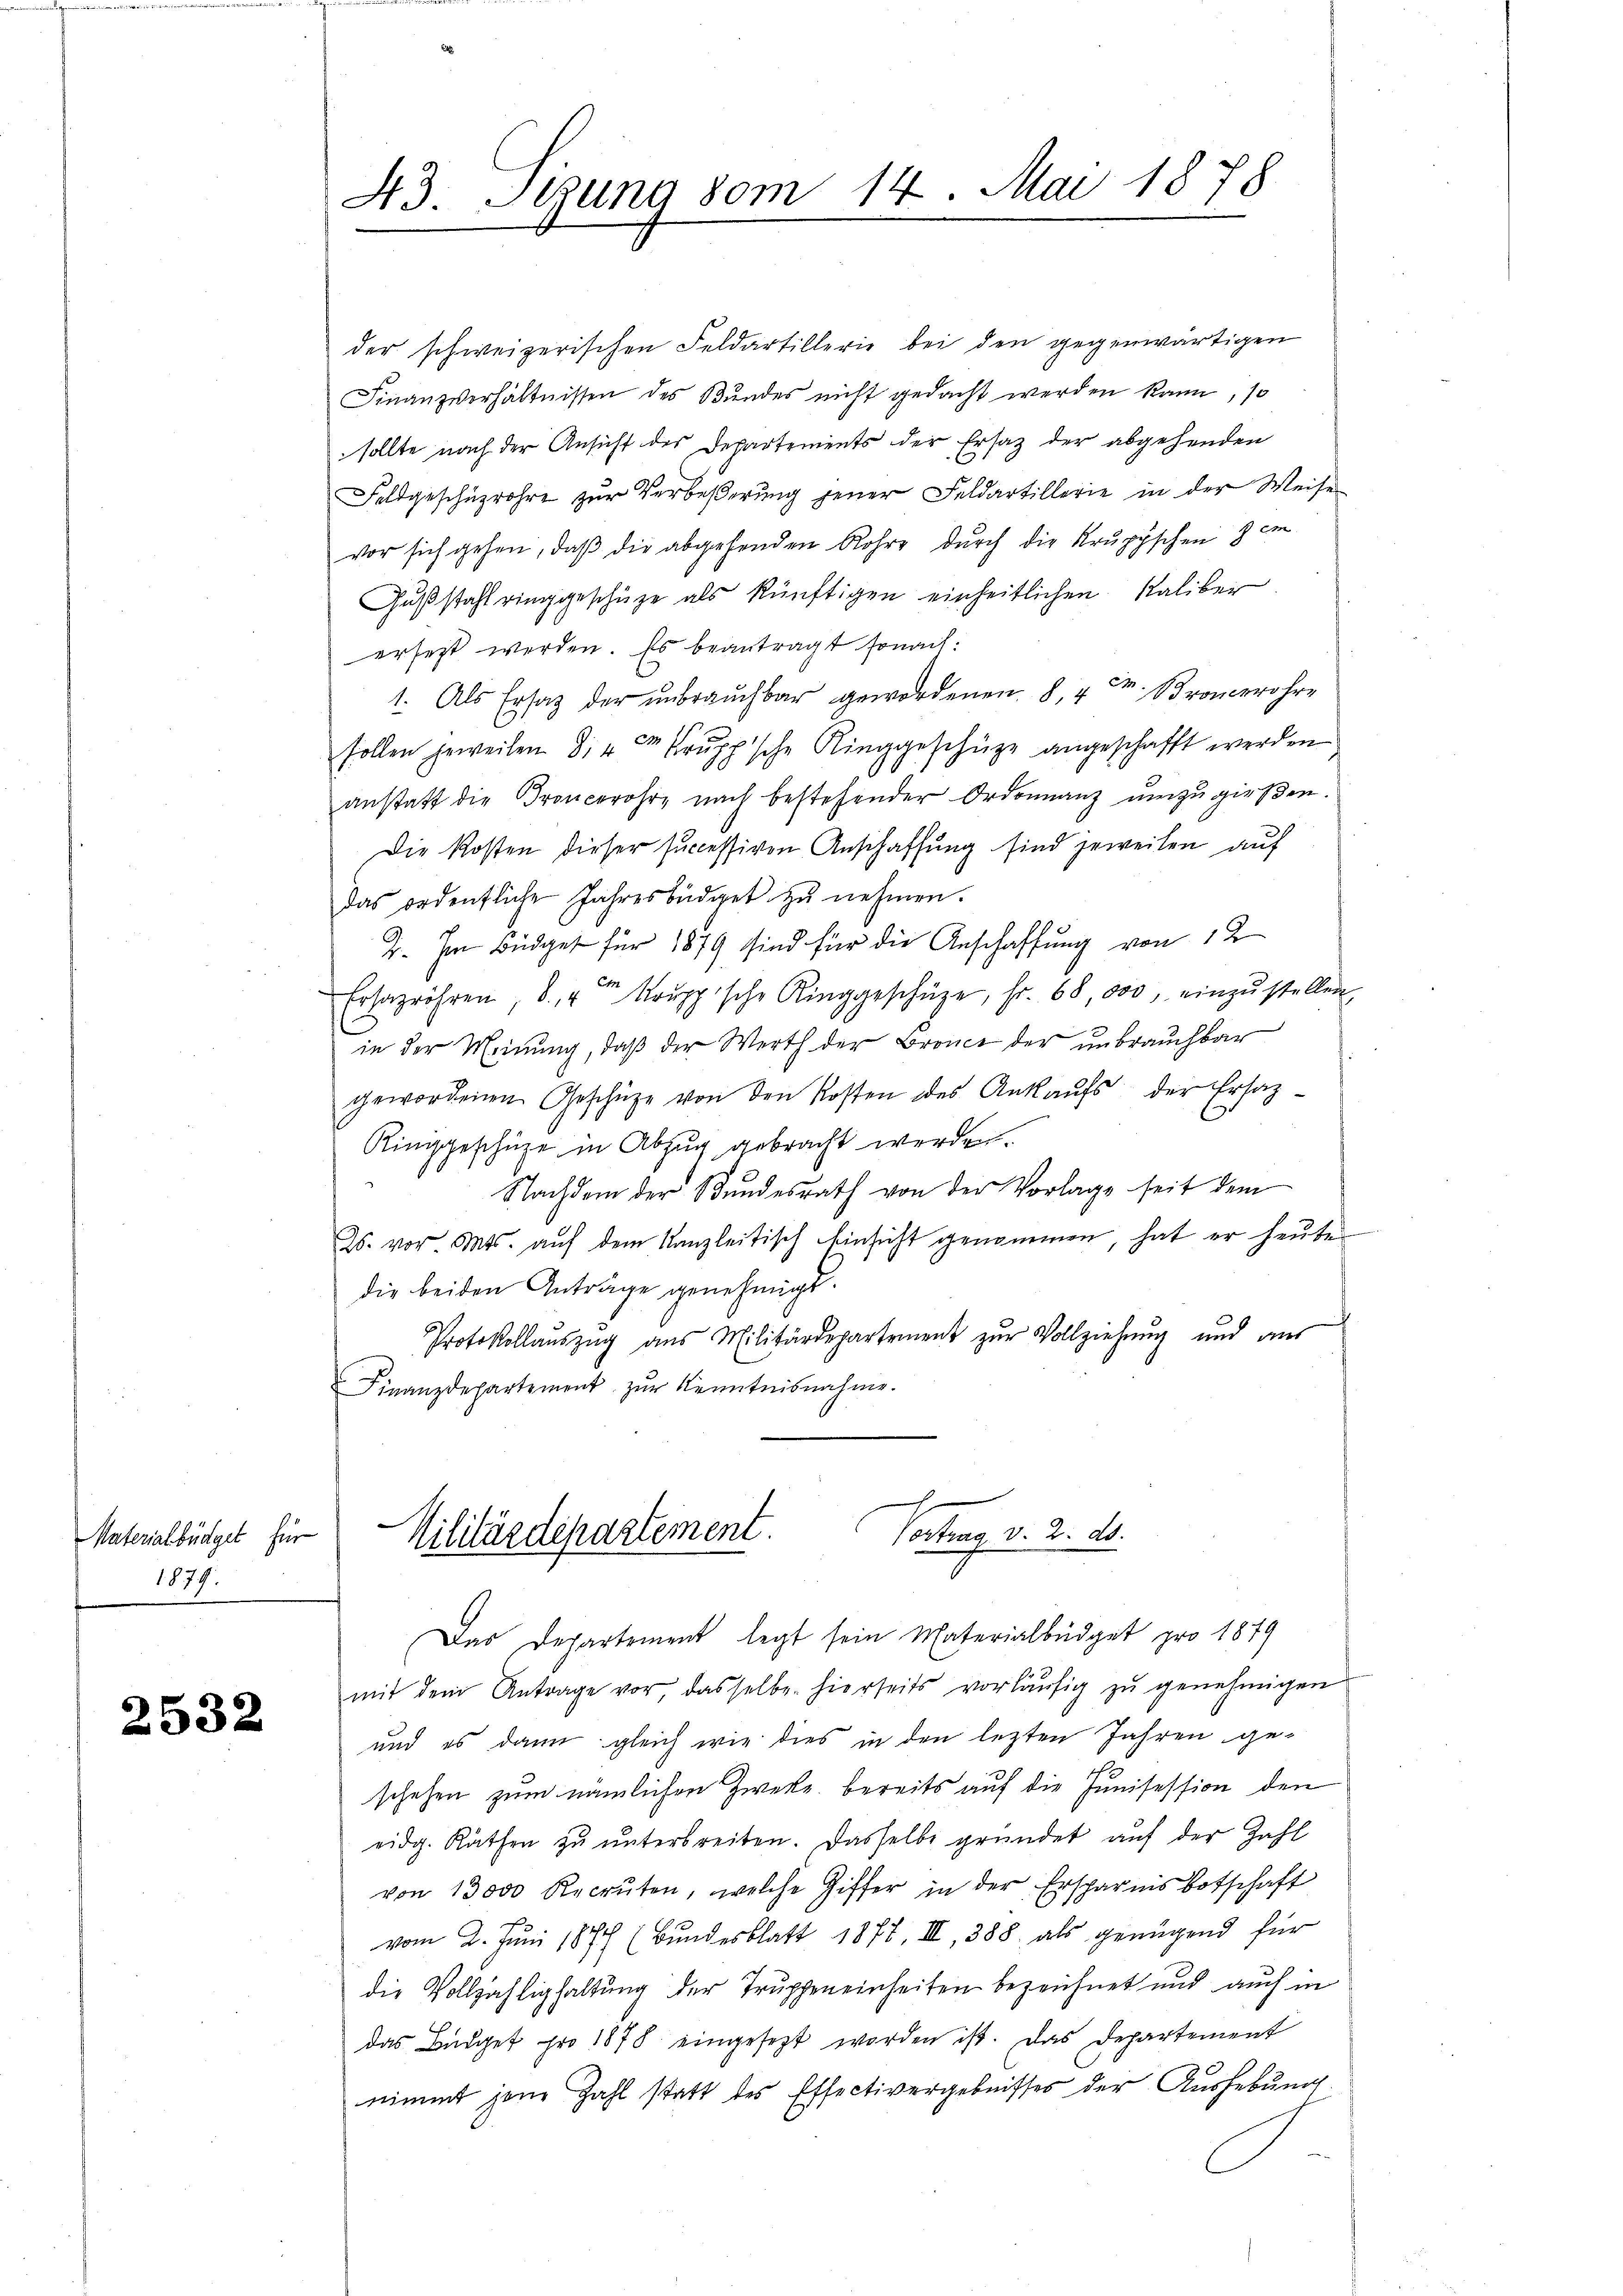
Materialbüdget für
1879.

2532

der schweizerischen Feldartillerie bei den gegenwärtigen
Finanzverhältnissen des Bundes nicht gedacht werden kann, so
sollte nach der Ansicht des Departements der Ersatz der abgehenden
Feldgeschüzrohre zur Verbeßerung jener Feldartillerie in der Weise
vor sich gehen, daß die abgehenden Rohre durch die Kruppschen & im
Gußstahl ringgeschütze als künftigen einheitlichen Kaliber
ersetzt werden. Es beantragt sonach:
1. Als Ersatz der unbrauchbar gewordenen 8, 4 M. Broncerohre
sollen jeweilen Dir 2 Prŭpp'sche Ringgeschütze angeschafft werden
anstatt die Broncerohre nach bestehender Ordonnanz umzugießen.
Die Kosten dieser successiven Anschaffung sind jeweilen auf
das ordentliche Jahresbüdget zu nehmen.
2. Im Budget für 1879 sind für die Anschaffung von 12
Ersazröhren 8. " Krŭppische Ringgeschüze, fr. 68, 000, einzŭstellen,
in der Meinung, daß der Werth der Bronce der unbrauchbar
gewordenen Geschütze von den Kosten des Ankaŭfs der Ersatz-
Ringgeschüze in Abzug gebracht werden.
Nachdem der Bundesrath von der Vorlage seit dem
2. vor. Mts. auf dem Kanzleitisch Einsicht genommen, hat er heute
die beiden Anträge genehmigt.
Protokollaŭszŭg aŭs Militärdepartement zŭr Vollziehung und aus
Finanzdepartement zŭr Kenntnisnahme.

43. Sezung vom 14. Mai 1878

Vatten d. d. 20.
Vilitärdepartement.
Das Departement legt sein Materialbüdget pro 1879

mit dem Antrage vor dasselbe hierseits vorläufig zu genehmigen
und es dann gleich wie dies in den lezten Jahren ge-
schehen zum nämlichen Zwecke bereits auf die Junisession den
eidg. Räthen zu unterbreiten. Dasselbe gründet auf der Zahl
von 13000 Recruten, welche Ziffer in der Ersparnis botschaft
vom 2. Juni 1874 (Bundesblatt 1872, III, 388. als genügend für
die Vollzählighaltung der Truppeneinheiten bezeichnet und auch in
das Büdget pro 1878 eingesezt worden ist. Das Departement
nimmt jene Zahl statt des Effectivergebnisses der Aushebung